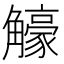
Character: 𧥉